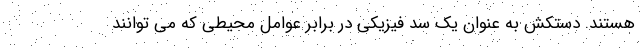
هستند. دستکش به عنوان یک سد فیزیکی در برابر عوامل محیطی که می توانند